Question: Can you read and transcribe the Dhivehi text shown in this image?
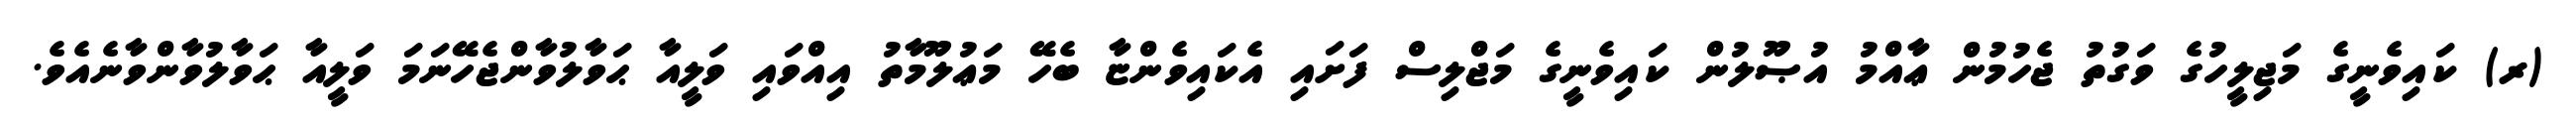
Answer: (ރ) ކައިވެނީގެ މަޖިލީހުގެ ވަގުތު ޖެހުމުން ޢާއްމު އުޞޫލުން ކައިވެނީގެ މަޖްލިސް ފަށައި އެކައިވެންޏާ ބެހޭ މަޢުލޫމާތު އިއްވައި ވަލީއާ ޙަވާލުވާންޖެހޭނަމަ ވަލީއާ ޙަވާލުވާންވާނެއެވެ.